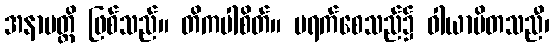
အနာပတ္တိ ဖြစ်သည်။ တိကပါစိတ်။ မရက်စေသည်၌ ဝါယာပိတသညီ၊